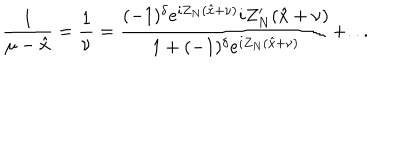
LaTeX: \displaystyle \frac { 1 } { \mu - \hat { x } } = \displaystyle \frac { 1 } { \nu } = \displaystyle \frac { ( - 1 ) ^ { \delta } e ^ { i Z _ { N } ( \hat { x } + \nu ) } i Z _ { N } ^ { \prime } ( \hat { x } + \nu ) } { 1 + ( - 1 ) ^ { \delta } e ^ { i Z _ { N } ( \hat { x } + \nu ) } } + . . .